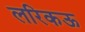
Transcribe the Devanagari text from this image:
लरिकऊ